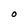
Character: O